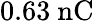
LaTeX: \mathrm{0.63\ nC}